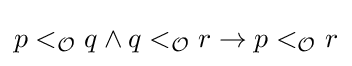
p<_{\mathcal {O}}q\land q<_{\mathcal {O}}r\rightarrow p<_{\mathcal {O}}r